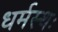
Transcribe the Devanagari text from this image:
धर्मस्थः